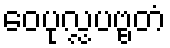
ဝေပုလ္လပဗ္ဗတံ